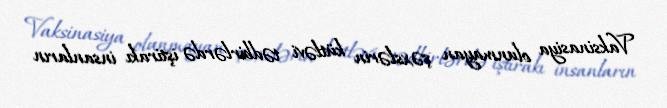
Vaksinasiya olunmayan şəxslərin kütləvi tədbirlərdə iştirakı insanların